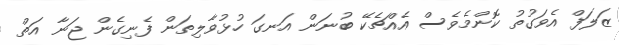
ޒަލަފް އެވަގުތު ކޮންމެވެސް އެއްޗެކޭ ބުނަން އަނގަ ހުޅުވާލިތަން ފެނިގެން ޖަނާ އަތް